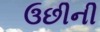
ઉછીની